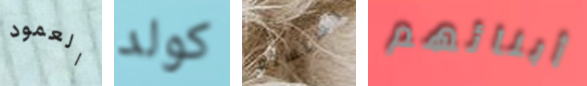
العمود كولد نستسلم أبنائهم